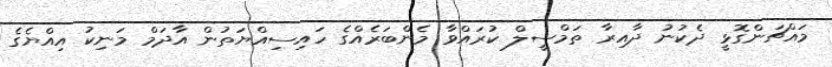
މައްޗަންގޮޅީ ދެކުނު ދާއިރާ ތަމްސީލް ކުރައްވާ މެންބަރެއްގެ ހައިސިއްޔަތުން އާދަމް މަނިކު އިއްޔެގެ